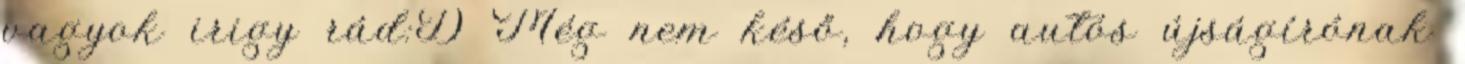
vagyok irigy rád:D Még nem késő, hogy autós újságírónak